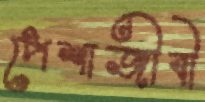
পেশাজীবী